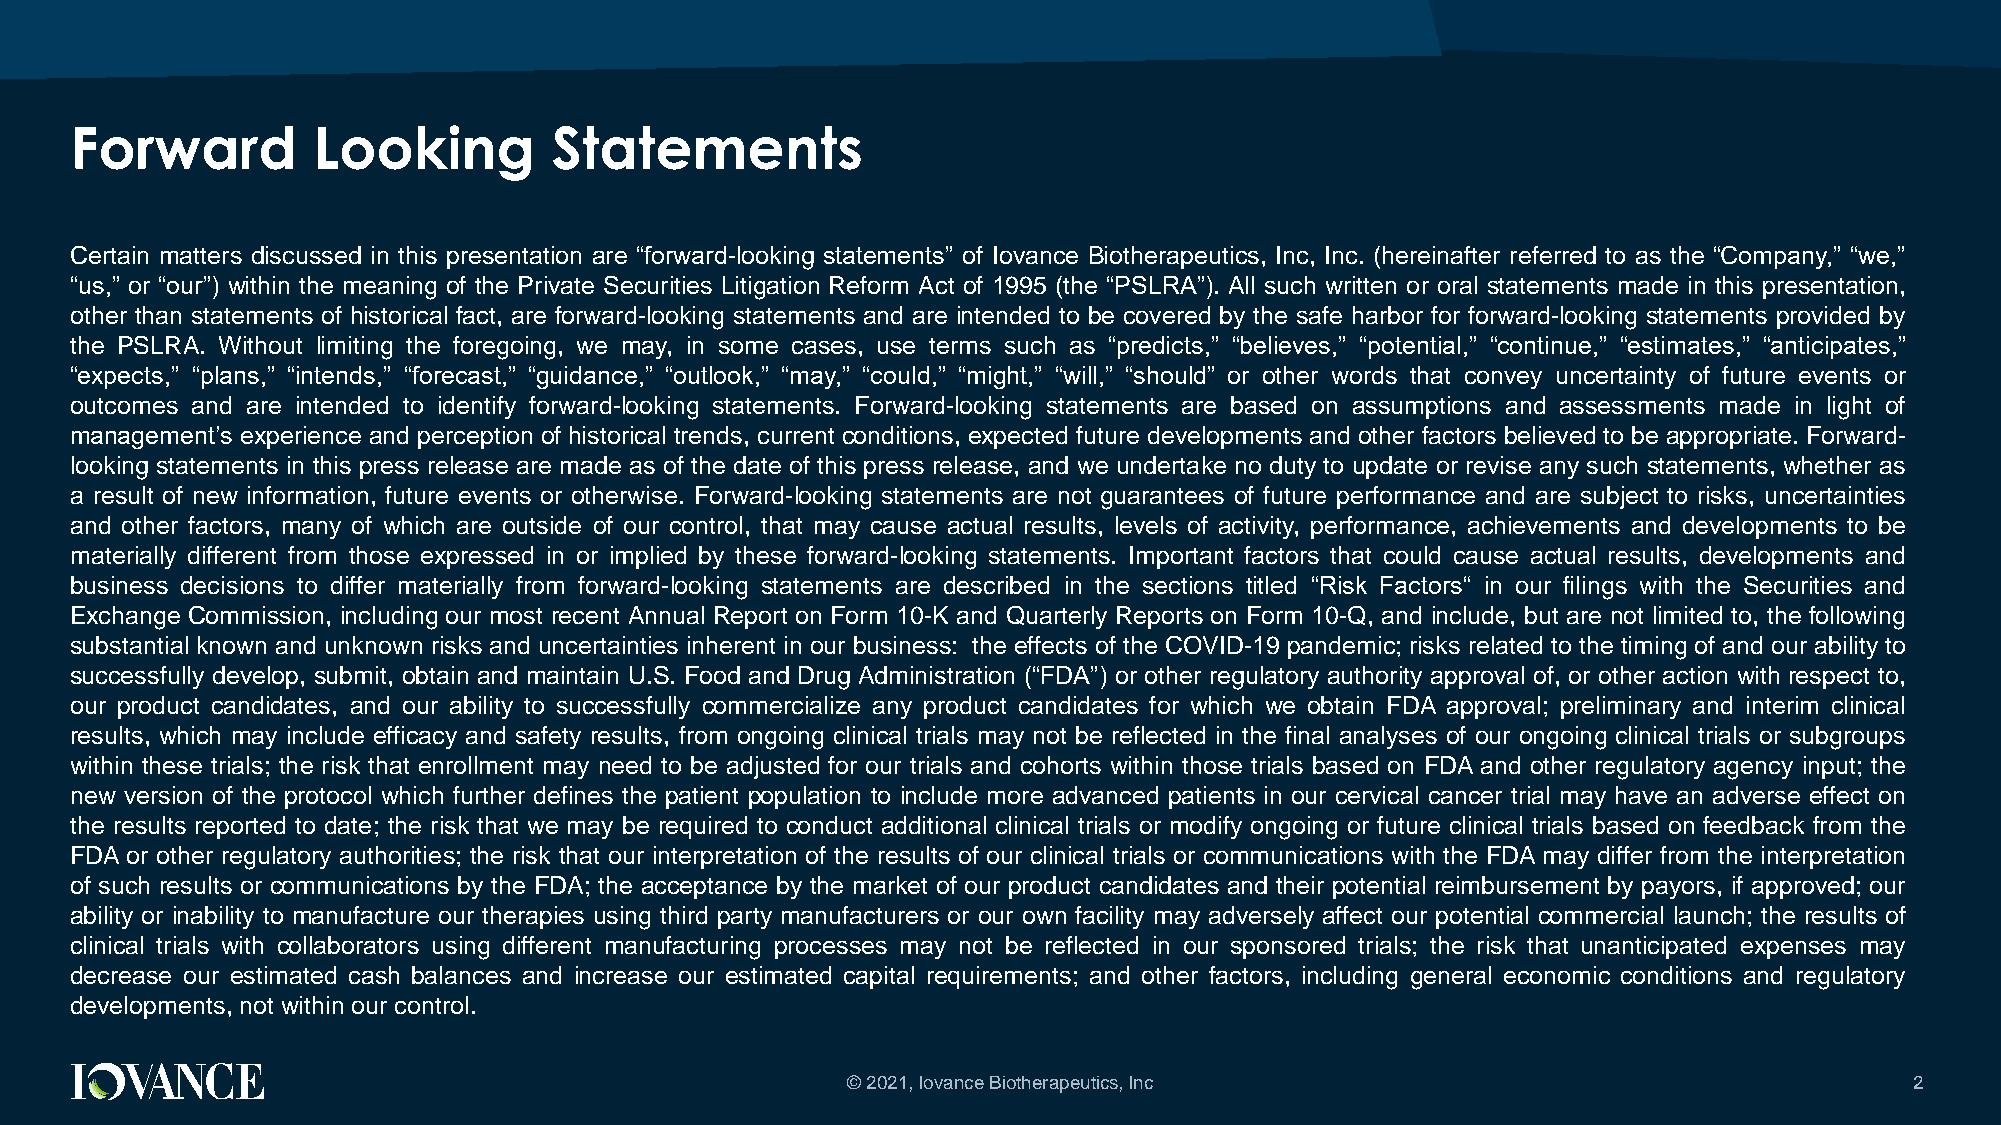
Forward         Looking        Statements
 Certain matters discussed in this presentation are “forward-looking statements” of Iovance Biotherapeutics, Inc, Inc. (hereinafter referred to as the “Company,” “we,”
 “us,” or “our”) within the meaning of the Private Securities Litigation Reform Act of 1995 (the “PSLRA”). All such written or oral statements made in this presentation,
 other than statements of historical fact, are forward-looking statements and are intended to be covered by the safe harbor for forward-looking statements provided by
 the PSLRA. Without limiting the foregoing, we may, in some cases, use terms such as “predicts,” “believes,” “potential,” “continue,” “estimates,” “anticipates,”
 “expects,” “plans,” “intends,” “forecast,” “guidance,” “outlook,” “may,” “could,” “might,” “will,” “should” or other words that convey uncertainty of future events or
 outcomes and are intended to identify forward-looking statements. Forward-looking statements are based on assumptions and assessments made in light of
 management’s experience and perception of historical trends, current conditions, expected future developments and other factors believed to be appropriate. Forward-
 looking statements in this press release are made as of the date of this press release, and we undertake no duty to update or revise any such statements, whether as
 a result of new information, future events or otherwise. Forward-looking statements are not guarantees of future performance and are subject to risks, uncertainties
 and other factors, many of which are outside of our control, that may cause actual results, levels of activity, performance, achievements and developments to be
 materially different from those expressed in or implied by these forward-looking statements. Important factors that could cause actual results, developments and
 business decisions to differ materially from forward-looking statements are described in the sections titled “Risk Factors“ in our filings with the Securities and
 Exchange Commission, including our most recent Annual Report on Form 10-K and Quarterly Reports on Form 10-Q, and include, but are not limited to, the following
 substantial known and unknown risks and uncertainties inherent in our business: the effects of the COVID-19 pandemic; risks related to the timing of and our ability to
 successfully develop, submit, obtain and maintain U.S. Food and Drug Administration (“FDA”) or other regulatory authority approval of, or other action with respect to,
 our product candidates, and our ability to successfully commercialize any product candidates for which we obtain FDA approval; preliminary and interim clinical
 results, which may include efficacy and safety results, from ongoing clinical trials may not be reflected in the final analyses of our ongoing clinical trials or subgroups
 within these trials; the risk that enrollment may need to be adjusted for our trials and cohorts within those trials based on FDA and other regulatory agency input; the
 new version of the protocol which further defines the patient population to include more advanced patients in our cervical cancer trial may have an adverse effect on
 the results reported to date; the risk that we may be required to conduct additional clinical trials or modify ongoing or future clinical trials based on feedback from the
 FDA or other regulatory authorities; the risk that our interpretation of the results of our clinical trials or communications with the FDA may differ from the interpretation
 of such results or communications by the FDA; the acceptance by the market of our product candidates and their potential reimbursement by payors, if approved; our
 ability or inability to manufacture our therapies using third party manufacturers or our own facility may adversely affect our potential commercial launch; the results of
 clinical trials with collaborators using different manufacturing processes may not be reflected in our sponsored trials; the risk that unanticipated expenses may
 decrease our estimated cash balances and increase our estimated capital requirements; and other factors, including general economic conditions and regulatory
 developments, not within our control.
 © 2021, Iovance Biotherapeutics, Inc                                   2